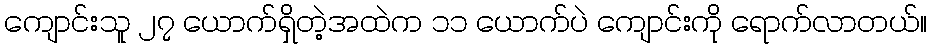
ကျောင်းသူ ၂၇ ယောက်ရှိတဲ့အထဲက ၁၁ ယောက်ပဲ ကျောင်းကို ရောက်လာတယ်။